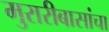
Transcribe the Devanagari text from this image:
मुरारीबासांचा